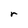
Character: r